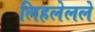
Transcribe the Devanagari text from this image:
लिहलेलले